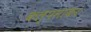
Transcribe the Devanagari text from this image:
कल्पनाकर